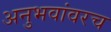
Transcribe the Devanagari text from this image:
अनुभवांवरच